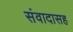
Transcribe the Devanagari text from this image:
संवादासह